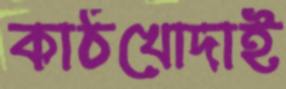
কাঠখোদাই